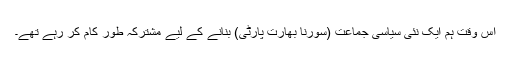
اس وقت ہم ایک نئی سیاسی جماعت (سورنا بھارت پارٹی) بنانے کے لیے مشترکہ طور کام کر رہے تھے۔